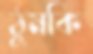
ঠুমকি